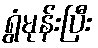
ရွံမုန်းပြီး